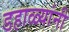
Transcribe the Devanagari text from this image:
डहाळ्यांनी